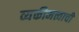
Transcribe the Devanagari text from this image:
व्यक्तीमत्त्वाची